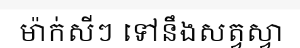
ម៉ាក់សីៗ ទៅនឹងសត្វស្វា